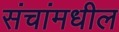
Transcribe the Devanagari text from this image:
संचांमधील